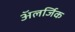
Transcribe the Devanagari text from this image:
अॅलर्जिक